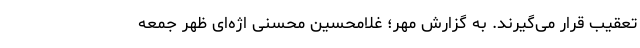
تعقیب قرار می‌گیرند. به گزارش مهر؛ غلامحسین محسنی اژه‌ای ظهر جمعه